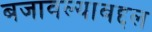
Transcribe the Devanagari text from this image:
बजावल्याबद्दल